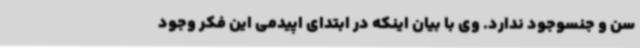
سن و جنسوجود ندارد. وی با بیان اینکه در ابتدای اپیدمی این فکر وجود